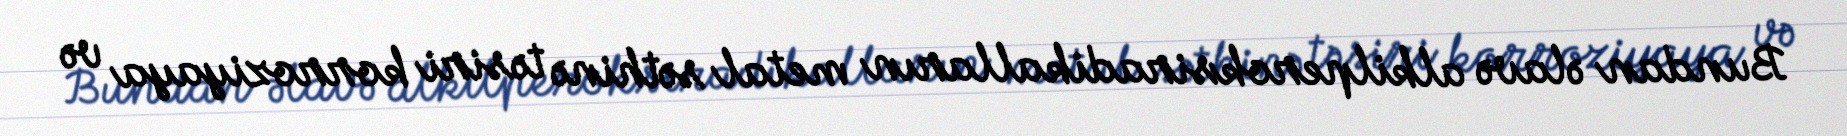
Bundan əlavə alkilperoksiradikalların metal səthinə təsiri korroziyaya və